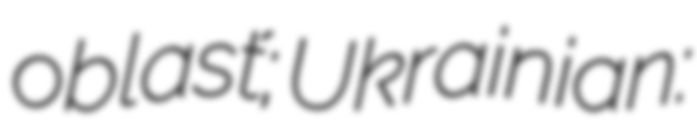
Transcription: oblasť; Ukrainian: